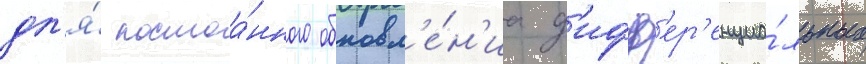
дл'я́ постоа́нного обновл'е́н'иа д'ифф'ер'енциа́льных